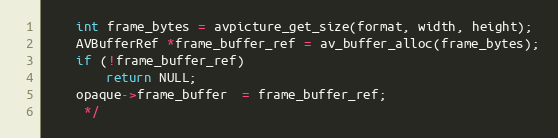
Language: C
    int frame_bytes = avpicture_get_size(format, width, height);
    AVBufferRef *frame_buffer_ref = av_buffer_alloc(frame_bytes);
    if (!frame_buffer_ref)
        return NULL;
    opaque->frame_buffer  = frame_buffer_ref;
     */